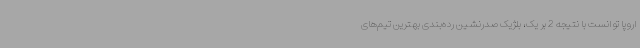
اروپا توانست با نتیجه 2 بر یک، بلژیک صدرنشین رده‌بندی بهترین تیم‌های